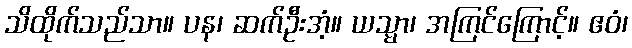
သိထိုက်သည်သာ။ ပန၊ ဆက်ဦးအံ့။ ယသ္မာ၊ အကြင်ကြောင့်။ ဧဝံ၊